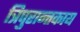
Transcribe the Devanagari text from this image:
त्रिपुरान्तकाय